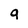
Character: q